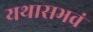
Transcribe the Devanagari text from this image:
यथासभवं